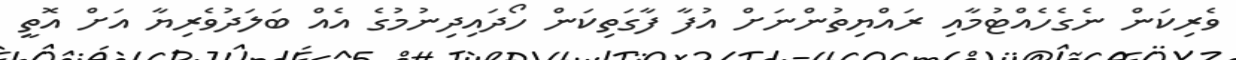
ވެރިކަން ނެގެހެއްޓުމާއި ރައްޔިތުންނަށް އުފާ ފާގަތިކަން ހޯދައިދިނުމުގެ އެއް ބަލަދުވެރިޔާ އަށް އޮތީ